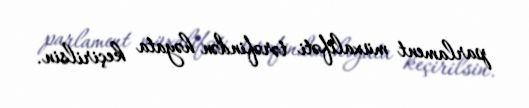
parlament müxalifəti tərəfindən həyata keçirilsin.